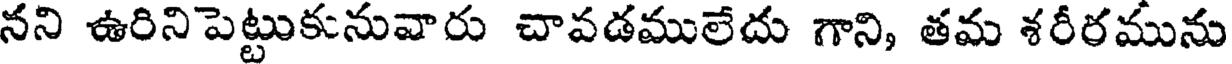
నని ఉరినిపెట్టుకునువారు చావడములేదు గాని, తమ శరీరమును